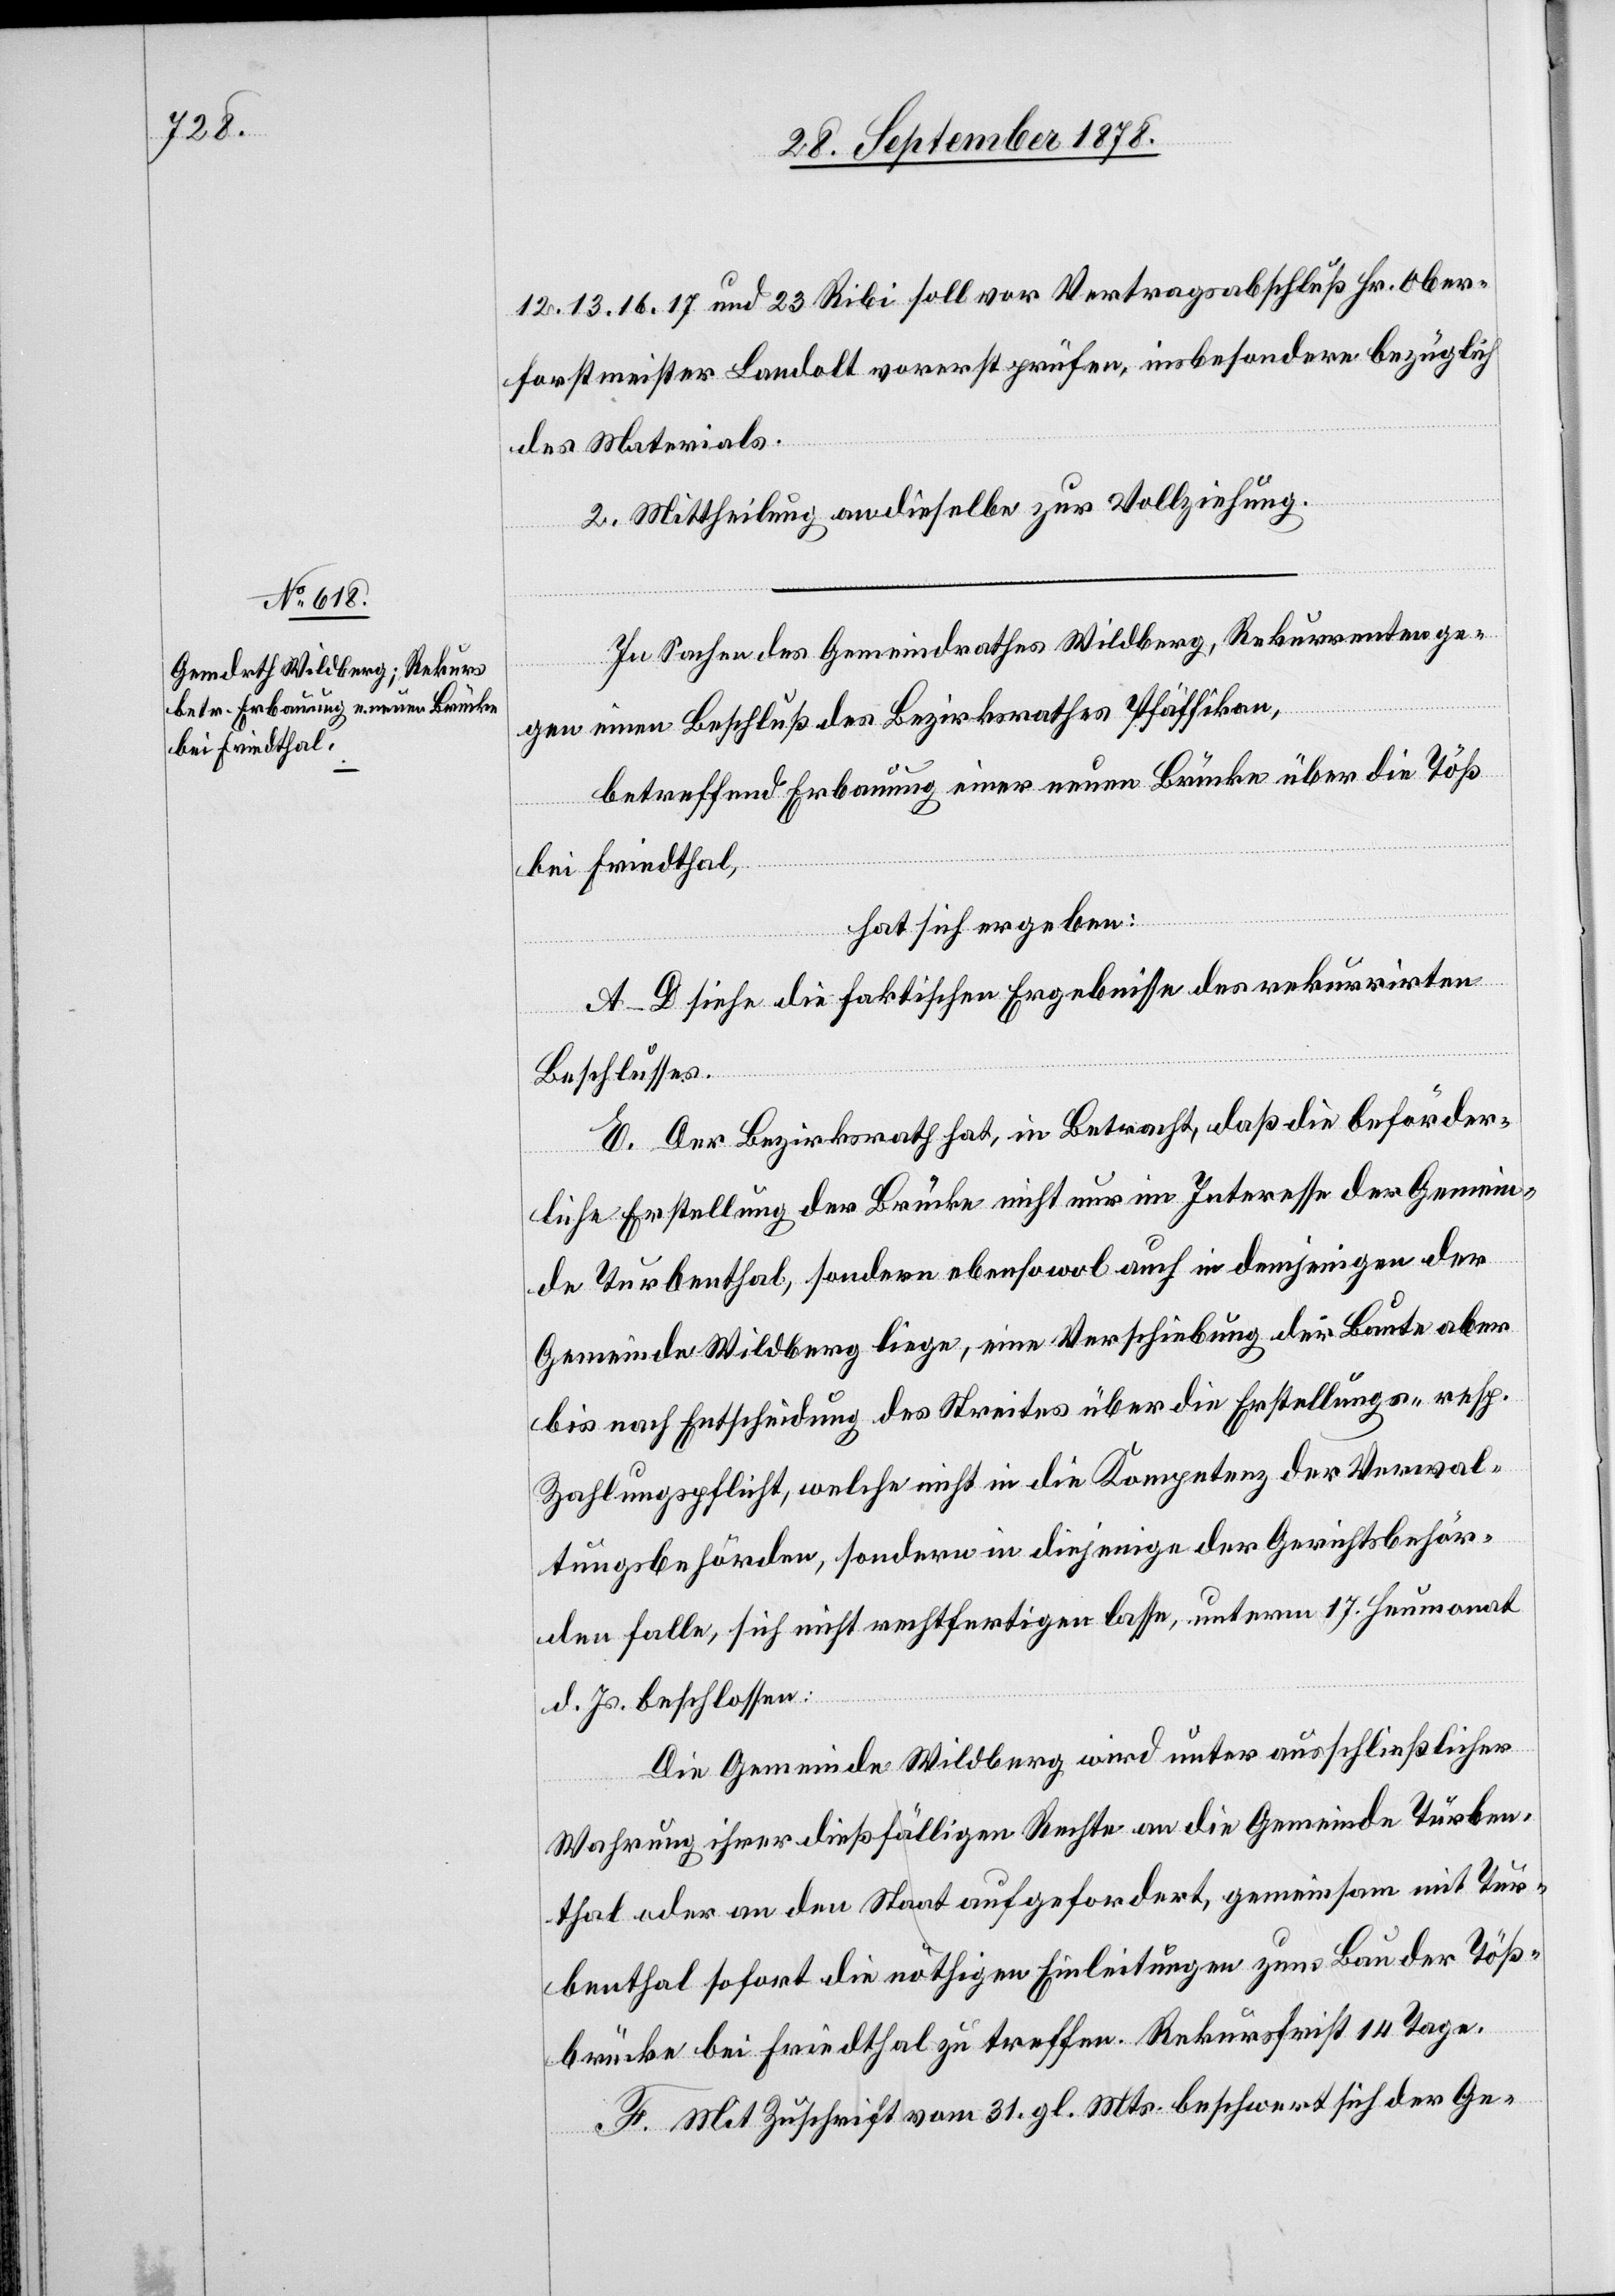
12. 13. 16. 17. und 23. Ribi soll vor Vertragsabschluß Hr. Ober¬
forstmeister Landolt vorerst prüfen, insbesondere bezüglich
des Materials.
2. Mittheilung an dieselbe zur Vollziehung.
In Sachen des Gemeindrathes Wildberg, Rekurrenten ge¬
gen einen Beschluß des Bezirksrathes Pfäffikon,
betreffend Erbauung einer neuen Brücke über die Töß
bei Friedthal,
hat sich ergeben:
A–D siehe die faktischen Ergebnisse des rekurrirten
Beschlusses.
E. Der Bezirksrath hat, in Betracht, daß die beförder¬
liche Erstellung der Brücke nicht nur im Interesse der Gemein¬
de Turbenthal, sondern ebensowol auch in demjenigen der
Gemeinde Wildberg liege, eine Verschiebung der Baute aber
bis nach Entscheidung des Streites über die Erstellungs- resp.
Zahlungspflicht, welche nicht in die Kompetenz der Verwal¬
tungsbehörden, sondern in diejenige der Gerichtsbehör¬
den falle, sich nicht rechtfertigen lasse, unterm 17. Heumonat
d. Js. beschlossen:
Die Gemeinde Wildberg wird unter ausschließlicher
Wahrung ihrer dießfälligen Rechte an die Gemeinde Turben¬
thal oder an den Staat aufgefordert, gemeinsam mit Tur¬
benthal sofort die nöthigen Einleitungen zum Bau der Töß¬
brücke bei Friedthal zu treffen. Rekursfrist 14 Tage.
F. Mit Zuschrift vom 31. gl. Mts. beschwert sich der Ge-